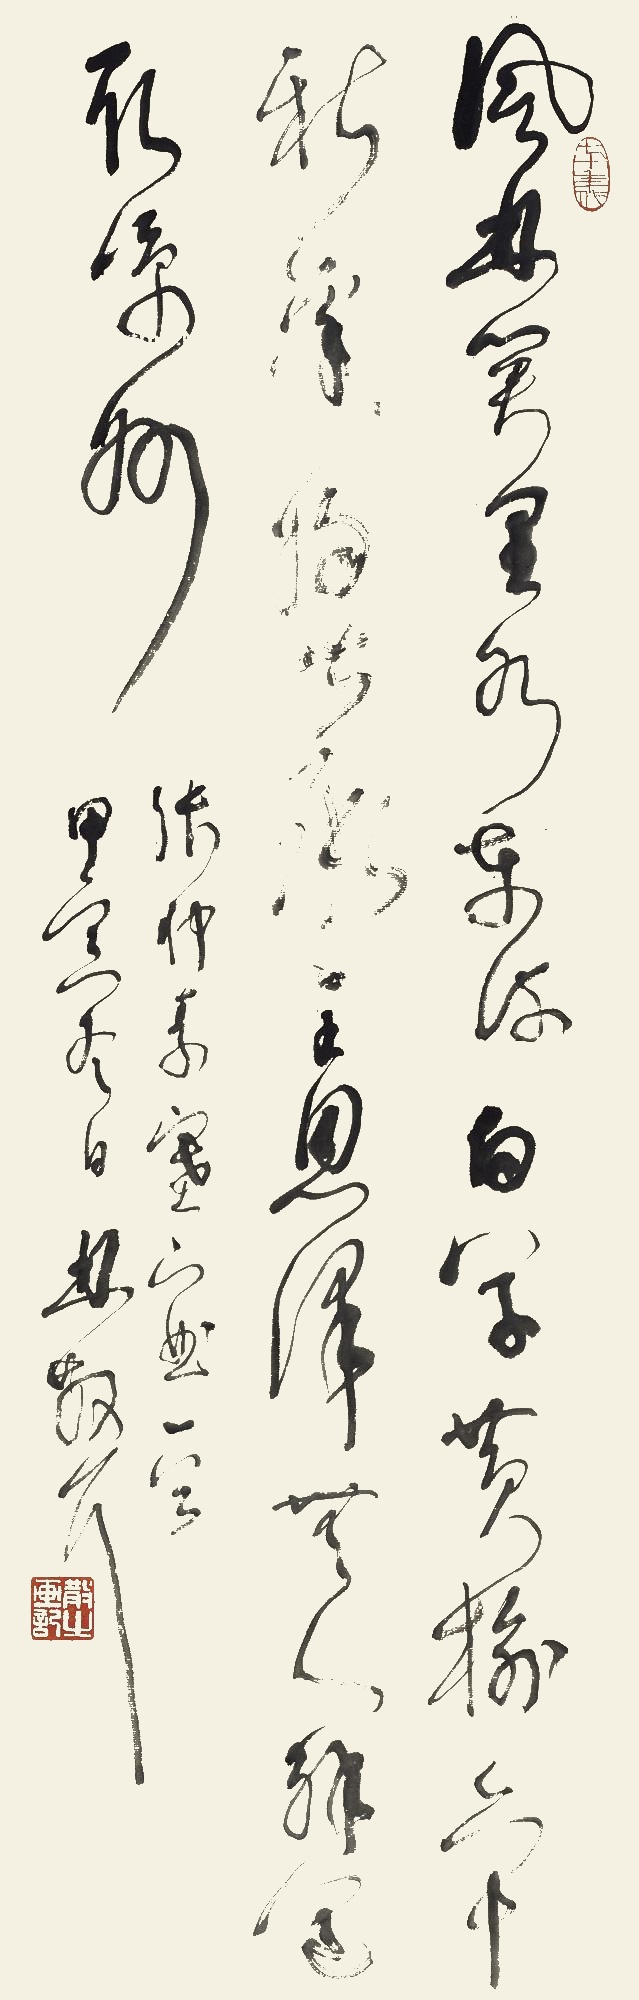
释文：风林关里水东流，白草黄榆六十秋。边将皆承主恩泽，无人解道取凉州。张仲素《塞下曲》一首，甲寅冬日，林散耳。